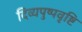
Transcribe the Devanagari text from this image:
दिव्यपुष्पवृष्टि